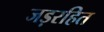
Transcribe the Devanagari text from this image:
जड़रहित